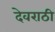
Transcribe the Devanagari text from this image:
देवराठी